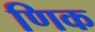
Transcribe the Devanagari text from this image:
णिक